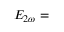
E _ { 2 \omega } =